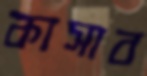
কাসাব